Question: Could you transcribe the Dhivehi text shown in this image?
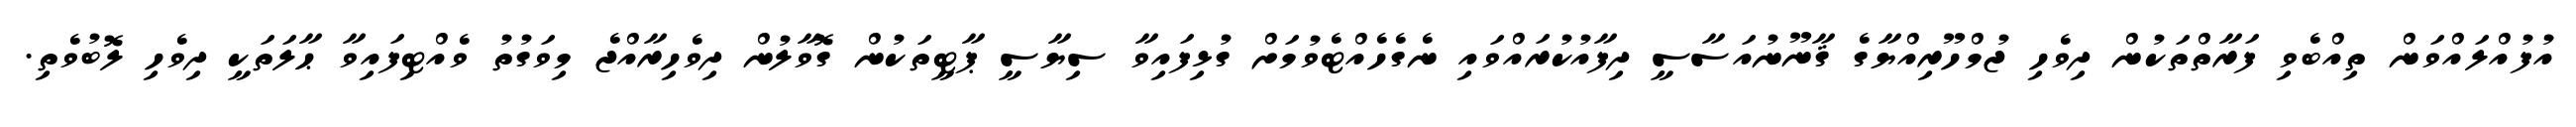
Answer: އުފުއްލައްވަން ތިއްބެވި ފަރާތްތަކުން ދިވެހި ޖުމްހޫރިއްޔާގެ ޤާނޫނުއަސާސީ ދިފާއުކުރައްވައި ނެގެހެއްޓެވުމަށް ގުޅިފައިވާ ސިޔާސީ ޕާޓީތަކުން ގޮވާލުން ދިވެހިރާއްޖެ މިވަގުތު ވެއްޓިފައިވާ ޙާލަތަކީ ދިވެހި ލޮބުވެތި.